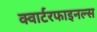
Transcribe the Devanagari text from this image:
क्वार्टरफाइनल्स